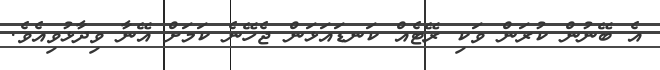
އެ ބޭނުން ކުރަން ވަކި ރޭޓެއް ކަނޑައަޅަން ޖެހޭނެ ކަމަށް އޭނާ ވިދާޅުވިއެވެ.